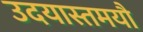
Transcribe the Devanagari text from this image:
उदयास्तमयौ